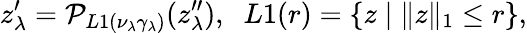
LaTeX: z_{\lambda}^{\prime}=\mathcal{P}_{L1(\nu_{\lambda}\gamma_{\lambda})}(z_{\lambda}^{\prime\prime}),\; \; L1(r)=\{ z\; |\; \| z\| _{1}\le r\} ,